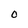
Character: 0